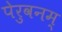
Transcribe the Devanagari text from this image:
पेरुवनम्